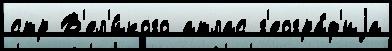
стр В'ел'и́кого атлас г'еогра́ф'иjа